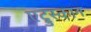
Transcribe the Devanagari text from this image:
एट्रुस्कान